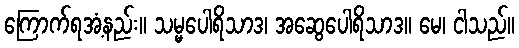
ကြောက်ရအံ့နည်း။ သမ္မပေါရိသာဒ၊ အဆွေပေါရိသာဒ။ မေ၊ ငါသည်။